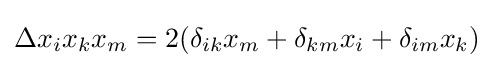
\Delta x_{i}x_{k}x_{m}=2(\delta _{ik}x_{m}+\delta _{km}x_{i}+\delta _{im}x_{k})